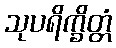
သုပရိက္ခိတ္တံ